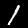
Label: 1